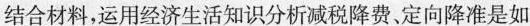
结合材料，运用经济生活知识分析减税降费。定向降准是如